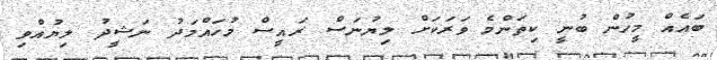
ބައެއް މީހުން ބުނީ ކިތަންމެ ވަރަކަށް ލިޔުނަސް ރައީސް މުހައްމަދު ނަޝީދު ލިޔުއްވި